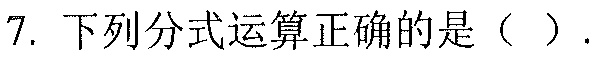
7. 下列分式运算正确的是（  ）.